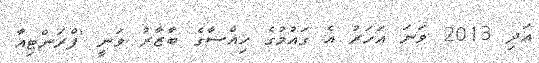
އަދި 2013 ވަނަ އަހަރު އެ ގައުމުގެ ހިއްސާގެ ބާޒާރު ވަނީ 'ފްރަންޓިއާ